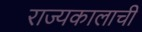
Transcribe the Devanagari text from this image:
राज्यकालाची